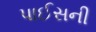
પાઈસની